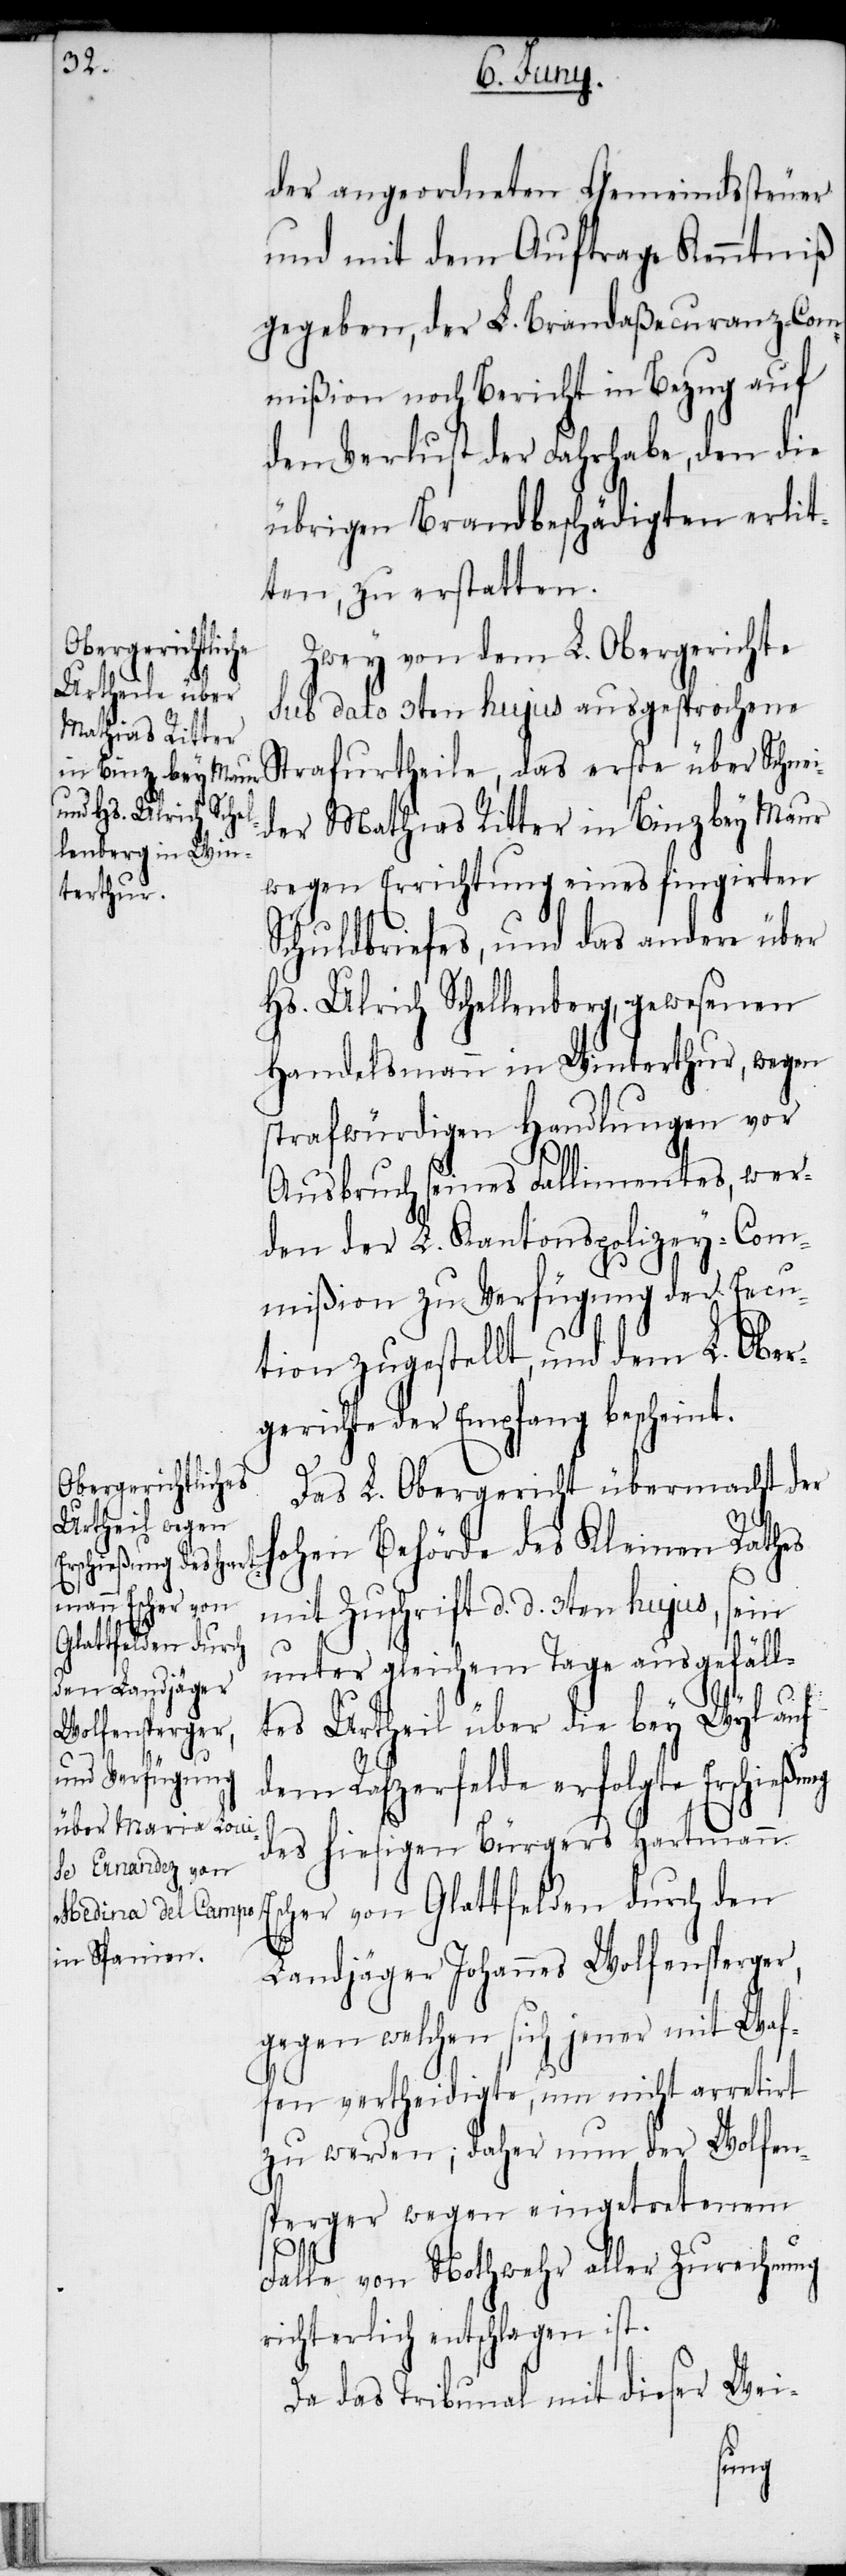
Zwey von dem L. Obergerichte
sub dato 3ten hujus ausgesprochene
Strafurtheile, das erste über Schnei¬
der Mathias Ritter in Binz bey Maur
wegen Errichtung eines fingirten
Schuldbriefes, und das andere über
Hs. Ulrich Schellenberg, gewesenen
Handelsmann in Winterthur, wegen
strafwürdigen Handlungen vor
Ausbruch seines Fallimentes, wer¬
den der L. Kantonspolizey-Com¬
mißion zu Verfügung der E[x]ecu¬
tion zugestellt, und dem L. Ober¬
gerichte der Empfang bescheint.
Das L. Obergericht übermacht der
hohen Behörde des Kleinen Rathes
mit Zuschrift d. d. 3ten hujus, sein
unter gleichem Tage ausgefäll¬
tes Urtheil über die bey Wyl auf
dem Rafzerfelde erfolgte Erschießung
des hiesigen Bürgers Hartmann
her von Glattfelden durch den
Landjäger Johannes Wolfensperger,
gegen welchen sich jener mit Waf¬
fen vertheidigte, um nicht arretirt
zu werden; daher nun der Wolfen¬
sperger wegen eingetretenem
Esc¬
Falle von Nothwehr aller Zurechnung
richterlich entschlagen ist.
Da das Tribunal mit dieser Wei-